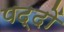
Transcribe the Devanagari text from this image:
पद्दों